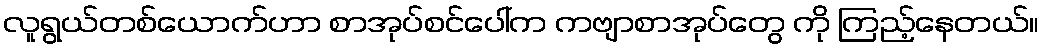
လူရွယ်တစ်ယောက်ဟာ စာအုပ်စင်ပေါ်က ကဗျာစာအုပ်တွေ ကို ကြည့်နေတယ်။